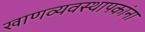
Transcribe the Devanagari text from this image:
खाणव्यवस्थापकांना